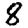
Digit: 8